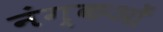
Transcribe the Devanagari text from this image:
नंग्‍कओं